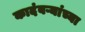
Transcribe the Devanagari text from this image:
कादंबऱ्यांच्या